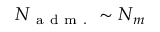
N _ { \mathrm { ~ a ~ d ~ m ~ . ~ } } \sim N _ { m }